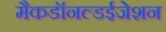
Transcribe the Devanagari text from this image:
मैकडॉनल्डईजेशन